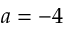
a = - 4